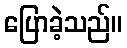
ပြောခဲ့သည်။